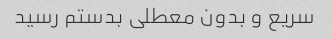
سریع و بدون معطلی بدستم رسید